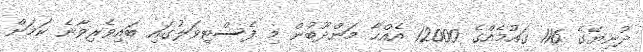
ދުނިޔޭގެ 116 ގައުމެއްގެ 12000 އެއްހާ މަންދޫބުން މި ފެސްޓިވަލުގައި ބައިވެރިވާނެ ކަމަށް